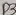
Text: D2